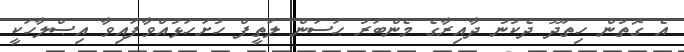
އެ ގޮތުން ހިތަދޫ ދެކުނު ދާއިރާގެ މެންބަރު ޙަސަން ލަތީފް ހުށަހަޅުއްވާފައިވާ އިޞްލާހަކީ